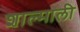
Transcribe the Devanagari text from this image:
शाल्माली